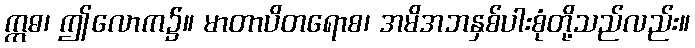
ဣဓ၊ ဤလောက၌။ မာတာပိတရောစ၊ အမိအဘနှစ်ပါးစုံတို့သည်လည်း။